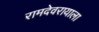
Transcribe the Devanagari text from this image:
रामदेवरायाला